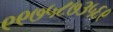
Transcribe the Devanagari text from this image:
९९७५८७३५६९